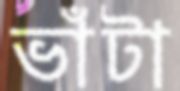
ভাঁটা